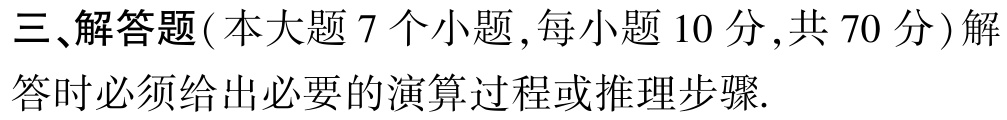
三、解答题（本大题 7 个小题，每小题 10 分，共 70 分）解答时必须给出必要的演算过程或推理步骤.